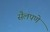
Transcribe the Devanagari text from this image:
सैलपणे